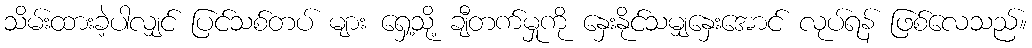
သိမ်းထားခဲ့ပါလျှင် ပြင်သစ်တပ် များ ရှေ့သို့ ချီတက်မှုကို နှေးနိုင်သမျှနှေးအောင် လုပ်ရန် ဖြစ်လေသည်။